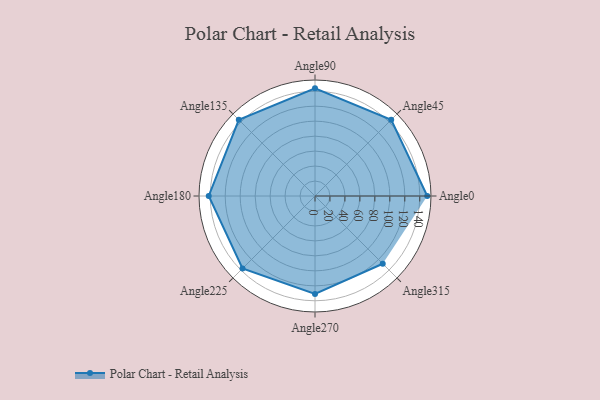
{"axis": {"x": "Angle", "y": "Radius"}, "legend": [""], "data": [{"x": "Angle0", "y": 150.0, "type": ""}, {"x": "Angle45", "y": 144.0, "type": ""}, {"x": "Angle90", "y": 144.0, "type": ""}, {"x": "Angle135", "y": 144.0, "type": ""}, {"x": "Angle180", "y": 142.0, "type": ""}, {"x": "Angle225", "y": 137.0, "type": ""}, {"x": "Angle270", "y": 131.0, "type": ""}, {"x": "Angle315", "y": 128.0, "type": ""}]}